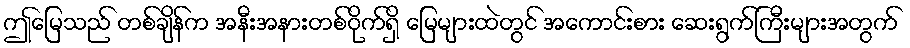
ဤမြေသည် တစ်ချိန်က အနီးအနားတစ်ဝိုက်ရှိ မြေများထဲတွင် အကောင်းစား ဆေးရွက်ကြီးများအတွက်